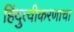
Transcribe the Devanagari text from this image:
हिंदुत्वीकरणाचा